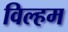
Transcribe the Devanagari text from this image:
विल्हम